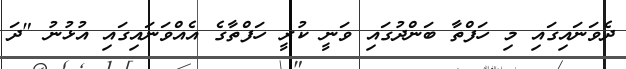
ދެވަނައިގައި މި ހަފްތާ ބަންދުގައި ވަނީ ކުރީ ހަފްތާގެ އެއްވަނައިގައި އުޅުނު "ދަ